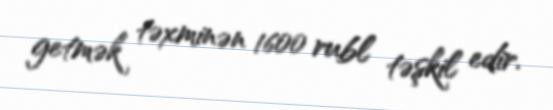
getmək təxminən 1600 rubl təşkil edir.